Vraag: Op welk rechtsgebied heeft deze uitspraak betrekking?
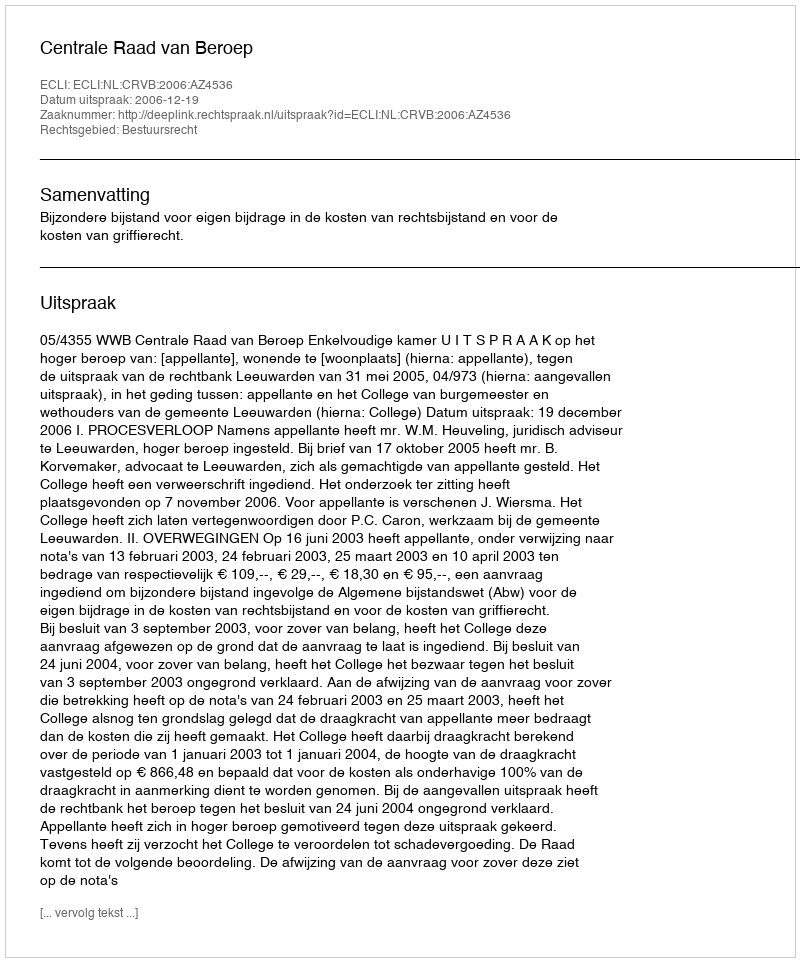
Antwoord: Bestuursrecht